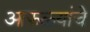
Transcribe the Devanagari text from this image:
आफळ्यांचे